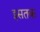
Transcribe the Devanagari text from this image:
इसतक